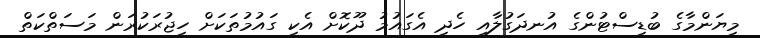
މިޔަންމާގެ ބުޑިސްޓުންގެ އުނދަގުލާއި ހެދި އެގައުމު ދޫކޮށް އެކި ގައުމުތަކަށް ހިޖުރަކުރަން މަސަތްކަތް